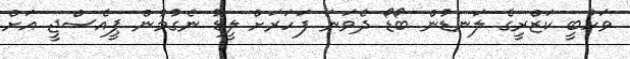
ވަހުބީ ކަޒްރީގެ ލަނޑުން ބޯޑޯ ދެވަނަ ފަހަރަށް ލީޑު ނެގުމުން ޕީއެސްޖީ އަށް